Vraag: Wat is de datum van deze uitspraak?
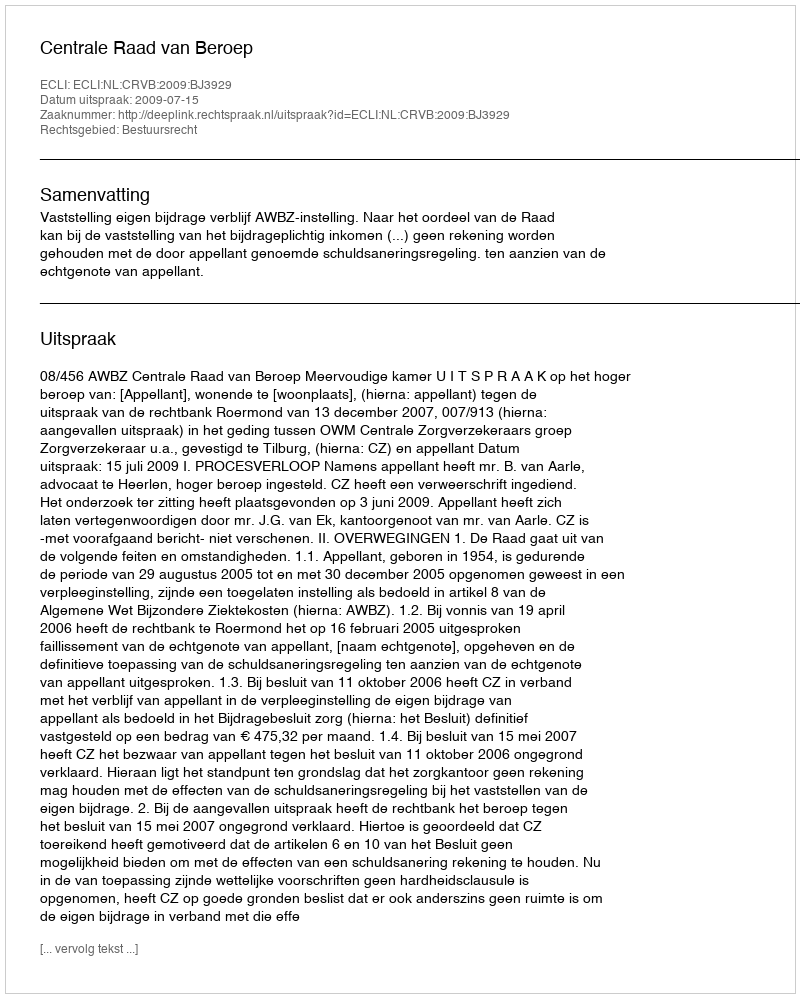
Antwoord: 2009-07-15